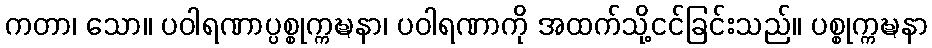
ကတာ၊ သော။ ပဝါရဏာပ္ပစ္စုက္ကဍ္ဎနာ၊ ပဝါရဏာကို အထက်သို့ငင်ခြင်းသည်။ ပစ္စုက္ကဍ္ဎနာ